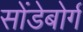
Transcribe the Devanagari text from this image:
सोंडेबोर्ग